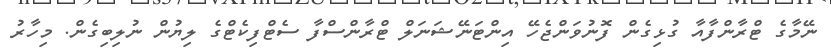
ނޭމާގެ ޓްރާންފާއާ ގުޅިގެން ފޮނުވަންޖެހޭ އިންޓަނޭޝަނަލް ޓްރާންސްފާ ސެޓްފިކެޓްގެ ލިޔުން ނުލިބިގެން. މިހާރު